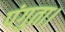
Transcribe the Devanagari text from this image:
पंगुता।